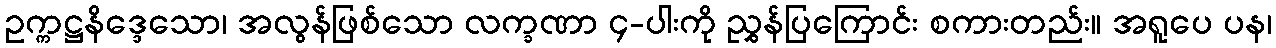
ဥက္ကဋ္ဌနိဒ္ဒေသော၊ အလွန်ဖြစ်သော လက္ခဏာ ၄-ပါးကို ညွှန်ပြကြောင်း စကားတည်း။ အရူပေ ပန၊